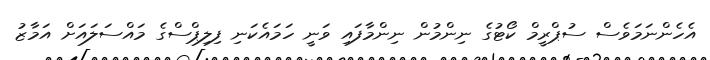
އެހެންނަމަވެސް ސުޕްރީމް ކޯޓުގެ ނިންމުން ނިންމާފައި ވަނީ ހަމައެކަނި ފިލިޕްސްގެ މައްސަލައަށް އަމާޒު